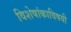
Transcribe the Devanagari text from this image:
विशेषांकाविषयी